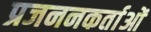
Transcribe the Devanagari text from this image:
प्रजननकर्ताओं